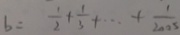
b = \frac { 1 } { 2 } + \frac { 1 } { 3 } + \cdots + \frac { 1 } { 2 0 0 5 }